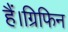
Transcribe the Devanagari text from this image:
हैं।ग्रिफिन